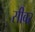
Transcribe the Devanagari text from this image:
सीबर